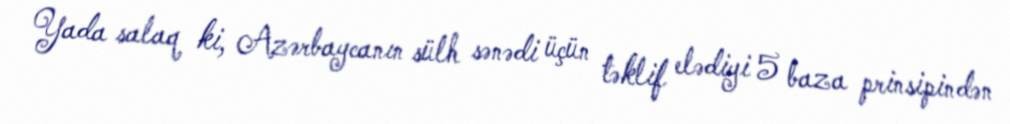
Yada salaq ki, Azərbaycanın sülh sənədi üçün təklif elədiyi 5 baza prinsipindən